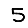
Digit: 5